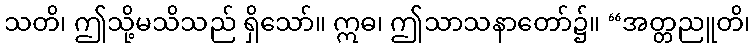
သတိ၊ ဤသို့မသိသည် ရှိသော်။ ဣဓ၊ ဤသာသနာတော်၌။ “အတ္တညူတိ၊